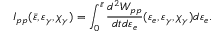
I _ { p p } ( \bar { \varepsilon } , \varepsilon _ { \gamma } , \chi _ { \gamma } ) = \int _ { 0 } ^ { \bar { \varepsilon } } \frac { d ^ { 2 } W _ { p p } } { d t d \varepsilon _ { e } } ( \varepsilon _ { e } , \varepsilon _ { \gamma } , \chi _ { \gamma } ) d \varepsilon _ { e } .